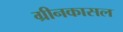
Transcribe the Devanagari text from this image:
ग्रीनकासल